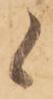
候